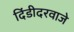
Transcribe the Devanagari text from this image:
दिंडीदरवाजे